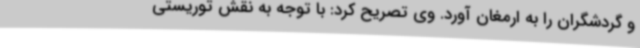
و گردشگران را به ارمغان آورد. وی تصریح کرد: با توجه به نقش توریستی